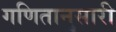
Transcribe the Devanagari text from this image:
गणितानुसारी